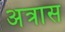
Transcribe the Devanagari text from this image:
अत्रास